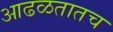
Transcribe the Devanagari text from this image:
आढळतातच